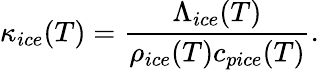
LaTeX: \kappa_{ice}(T)=\frac{\Lambda_{ice}(T)}{\rho_{ice}(T)c_{pice}(T)}.